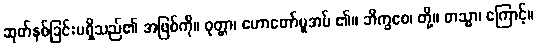
ဆုတ်နစ်ခြင်းမရှိသည်၏ အဖြစ်ကို။ ဝုတ္တာ၊ ဟောတော်မူအပ် ၏။ ဘိက္ခဝေ၊ တို့။ တသ္မာ၊ ကြောင့်။